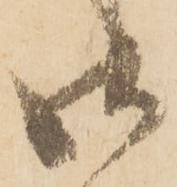
御